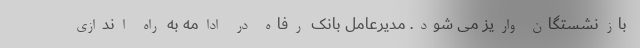
بازنشستگان واریز می شود. مدیرعامل بانک رفاه در ادامه به راه اندازی